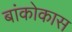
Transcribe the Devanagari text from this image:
बांकोकास